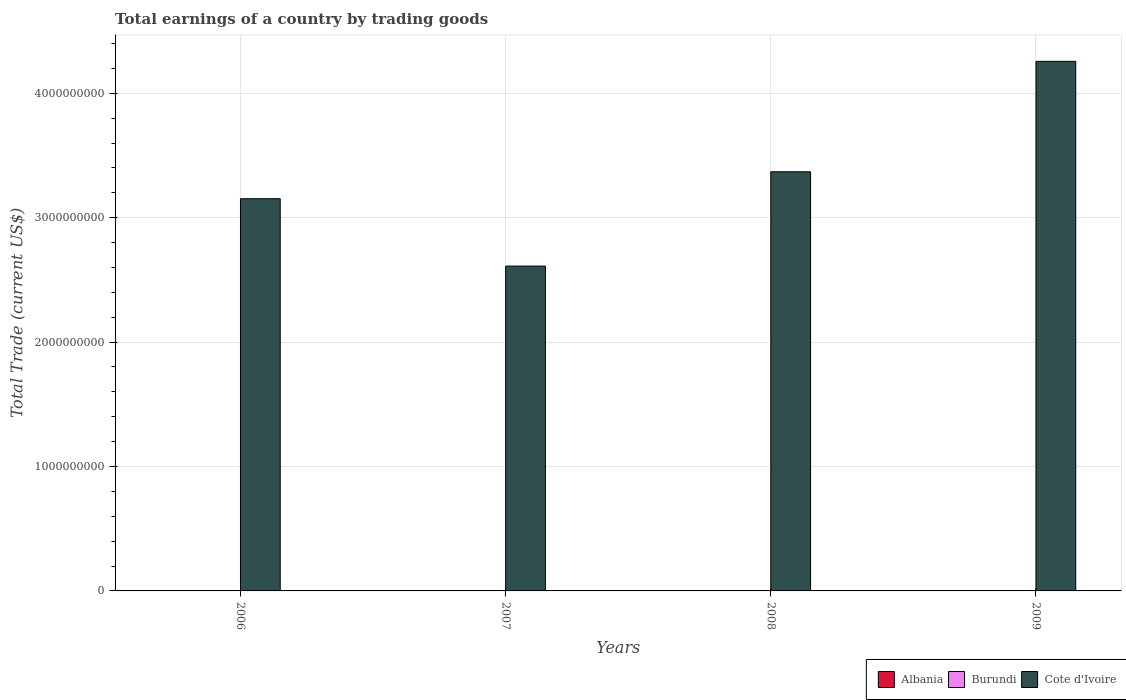
| Years | Albania | Burundi | Cote d'Ivoire |
 | --- | --- | --- | --- |
 | 2006 | -2.28e+09 | -1.86e+08 | 3.15e+09 |
 | 2007 | -3.06e+09 | -1.95e+08 | 2.61e+09 |
 | 2008 | -3.81e+09 | -2.66e+08 | 3.37e+09 |
 | 2009 | -3.39e+09 | -2.75e+08 | 4.26e+09 |